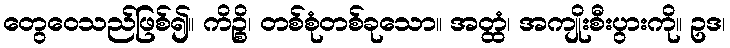
တွေဝေသည်ဖြစ်၍။ ကိဉ္စိ၊ တစ်စုံတစ်ခုသော။ အတ္ထံ၊ အကျိုးစီးပွားကို။ ဥဒ၊